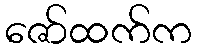
ဇော်ထက်က